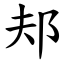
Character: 邞